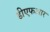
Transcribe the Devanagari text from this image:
डीएफआर